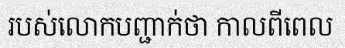
របស់លោកបញ្ជាក់ថា កាលពីពេល